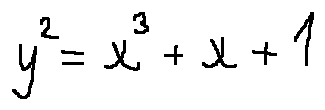
y ^ { 2 } = x ^ { 3 } + x + 1